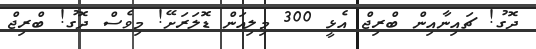
ދޮގު! ޗައިނާއިން ބްރިޖް އެޅީ 300 މިލިއަން ޑޮލަރަށޭ! މިވެސް ދޮގު! ބްރިޖް